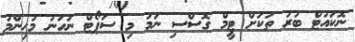
ނޮކައުޓް ބުރު ތަކަށް ޓީމް ގޮސްސި ނަމަ މި ސަޕޯޓް ނުހަނު މުހިންމު